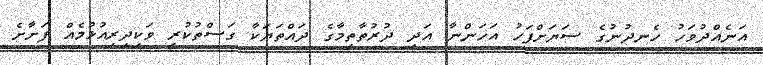
އަނެއްދުވަހު ހެނދުނުގެ ސަޔަށްފަހު އަހަންނާ އަދި ދުރުތާތިމާގެ ދައްތަޔަކާ ގަސްތުކުރީ ވަކިދިރިއުޅުމެއް ފަށާށެ